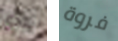
لندي فروة